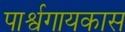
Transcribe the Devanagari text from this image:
पार्श्वगायकास